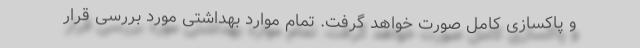
و پاکسازی کامل صورت خواهد گرفت. تمام موارد بهداشتی مورد بررسی قرار